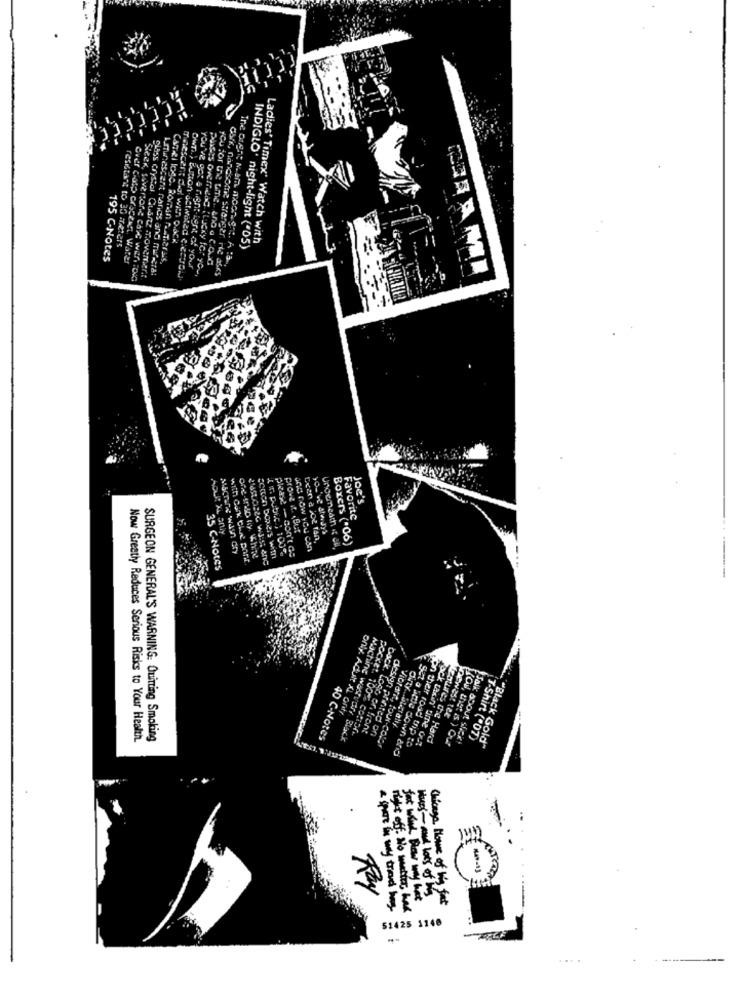
mnescent deal With pack
INDIGLO' night-light ("05)
Ladies' Timex' Watch with
resistant to 30 meters
195 C-Notes
Over ciato croceatt. Water
Carel loge. Roman A Teras.
you for the time. and a C.O.C
Luminescent nanes and mifera:
-Lent of your
you've got a night-Lent of your
Care, nanesome stranger nie asks
class crystal. Quartz movement
Own; Button activated 2:2:00
Joe's
Favorite
prove it. But
Ceen a JOL tAn,
Boxers ("06)
( m. public ; 100%
and now YOU can
with Cark that point.
setton boxers with
35 C-Notes
only Adult & anty
Snewest ter
pocket. 100 % coton ..
Back. Logo on front
design printed on
Now Greatly Reduces Serious Risks to Your Health.
SURGEON GENERAL'S WARNING: Quitting Smoking
40 C-Notes
Machine wastvor, Black
Vibrare, four-color
on they road trip to
Pack takin' time out
features the Hard
(ON, that is ) Our
Talk about Sick!
T-Shirt ("07)
"Black Gold"
get a wide down and
Ray
fat wind Blow way hat
Hans- and lots of his
neht off. No matter, had
51425 1140